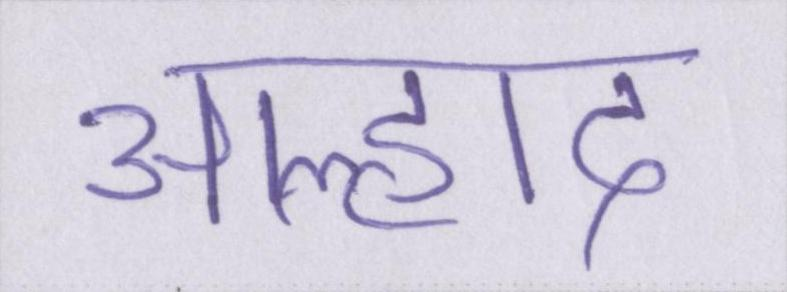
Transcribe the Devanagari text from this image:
आह्लाद